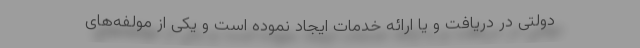
دولتی در دریافت و یا ارائه خدمات ایجاد نموده است و یکی از مولفه‌های